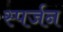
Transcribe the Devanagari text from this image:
स्पर्जन